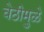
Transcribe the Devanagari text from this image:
वेठीमुळे